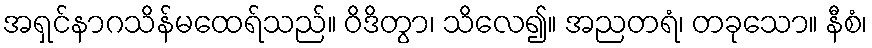
အရှင်နာဂသိန်မထေရ်သည်။ ဝိဒိတွာ၊ သိလေ၍။ အညတရံ၊ တခုသော။ နီစံ၊